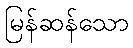
မြန်ဆန်သော